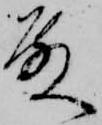
殿